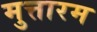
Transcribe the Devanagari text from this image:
मुत्तारम